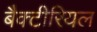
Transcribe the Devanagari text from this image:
बैक्‍टीरियल